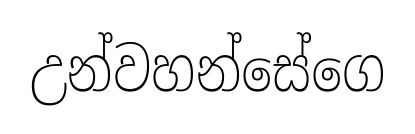
උන්වහන්සේගෙ